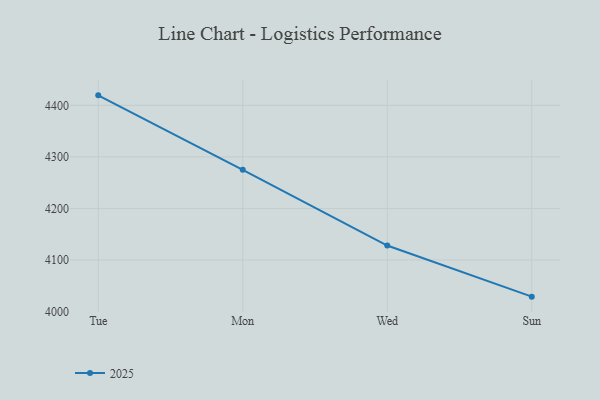
{"axis": {"x": "Day", "y": "Net Income (USD K)"}, "legend": ["2025"], "data": [{"x": "Tue", "y": 4419.4, "type": "2025"}, {"x": "Mon", "y": 4274.9, "type": "2025"}, {"x": "Wed", "y": 4128.0, "type": "2025"}, {"x": "Sun", "y": 4028.8, "type": "2025"}]}